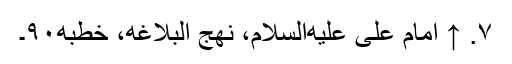
۷. ↑ امام علی علیه‌السلام، نهج البلاغه، خطبه۹۰۔